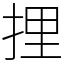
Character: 捚